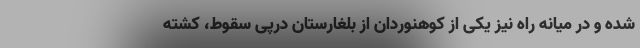
شده و در میانه راه نیز یکی از کوهنوردان از بلغارستان درپی سقوط، کشته